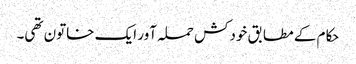
حکام کے مطابق خودکش حملہ آور ایک خاتون تھی۔